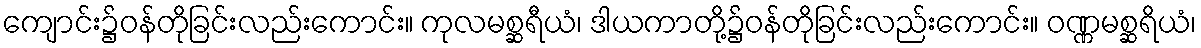
ကျောင်း၌ဝန်တိုခြင်းလည်းကောင်း။ ကုလမစ္ဆရီယံ၊ ဒါယကာတို့၌ဝန်တိုခြင်းလည်းကောင်း။ ဝဏ္ဏမစ္ဆရိယံ၊